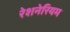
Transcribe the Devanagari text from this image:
रेशनेरियम